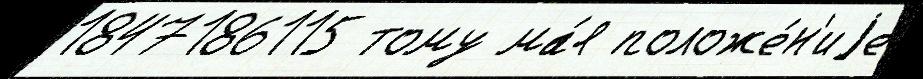
1847186115 тому ма́я положе́н'иjе